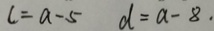
c = a - 5 d = a - 8 .